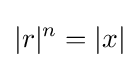
|r|^{n}=|x|